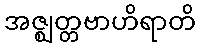
အဇ္ဈတ္တဗာဟိရာတိ